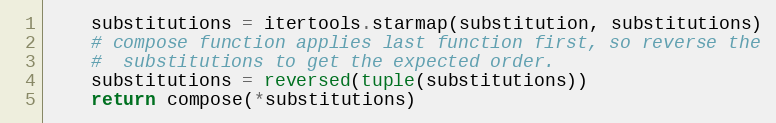
Language: Python
	substitutions = itertools.starmap(substitution, substitutions)
	# compose function applies last function first, so reverse the
	#  substitutions to get the expected order.
	substitutions = reversed(tuple(substitutions))
	return compose(*substitutions)